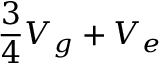
{ \frac { 3 } { 4 } } V _ { g } + V _ { e }